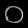
Digit: ၀